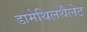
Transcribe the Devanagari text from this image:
डामेथिलथैलेट